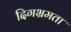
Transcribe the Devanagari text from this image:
दिगभ्रमता